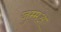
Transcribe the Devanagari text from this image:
जुम्मअ